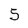
Character: 5